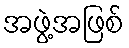
အဖွဲ့အဖြစ်